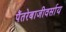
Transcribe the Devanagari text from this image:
पैंतरेबाजीवर्साय